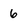
Character: 6